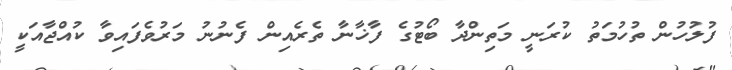
ފުލުހުން ތުހުމަތު ކުރަނީ މަތިންދާ ބޯޓުގެ ފާޚާނާ ތެރެއިން ފެނުނު މަރުވެފައިވާ ކުއްޖާއަކީ